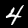
Digit: 4